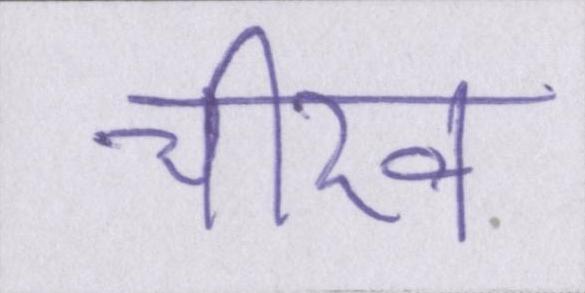
चीख